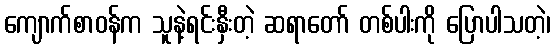
ကျောက်စာဝန်က သူနဲ့ရင်းနှီးတဲ့ ဆရာတော် တစ်ပါးကို ပြောပါသတဲ့၊